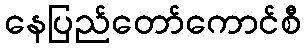
နေပြည်တော်ကောင်စီ